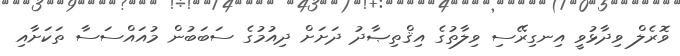
ވޮރެލް ވިދާޅުވީ އިނގިރޭސި ވިލާތުގެ އިޤްތިޞާދު ދަށަށް ދިއުމުގެ ސަބަބުން މުއައްސަސާ ތަކަށާއި